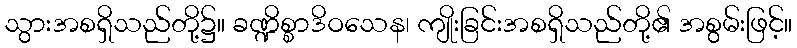
သွားအစရှိသည်တို့၌။ ခဏ္ဍိစ္စာဒိဝသေန၊ ကျိုးခြင်းအစရှိသည်တို့၏ အစွမ်းဖြင့်။